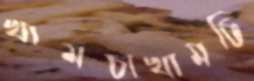
খামচাখামচি